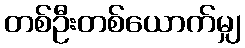
တစ်ဦးတစ်ယောက်မျှ